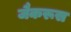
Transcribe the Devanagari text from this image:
जैकरूस